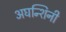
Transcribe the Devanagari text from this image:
अघन्शिनी